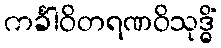
ကင်္ခါဝိတရဏဝိသုဒ္ဓိံ